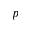
p